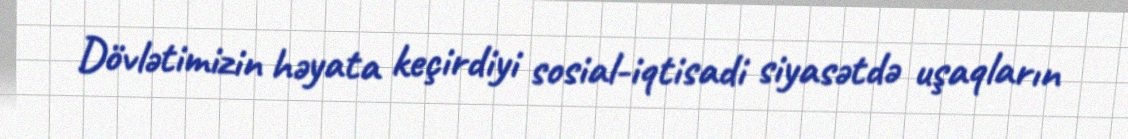
Dövlətimizin həyata keçirdiyi sosial-iqtisadi siyasətdə uşaqların